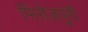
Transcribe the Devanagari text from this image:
फिरोजपुरी